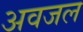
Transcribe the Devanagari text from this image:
अवजल